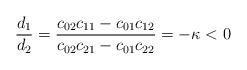
LaTeX: \begin{align*} \frac{d_1}{d_2}=\frac{c_{02}c_{11}-c_{01}c_{12}}{c_{02}c_{21}-c_{01}c_{22}}=-\kappa<0\end{align*}